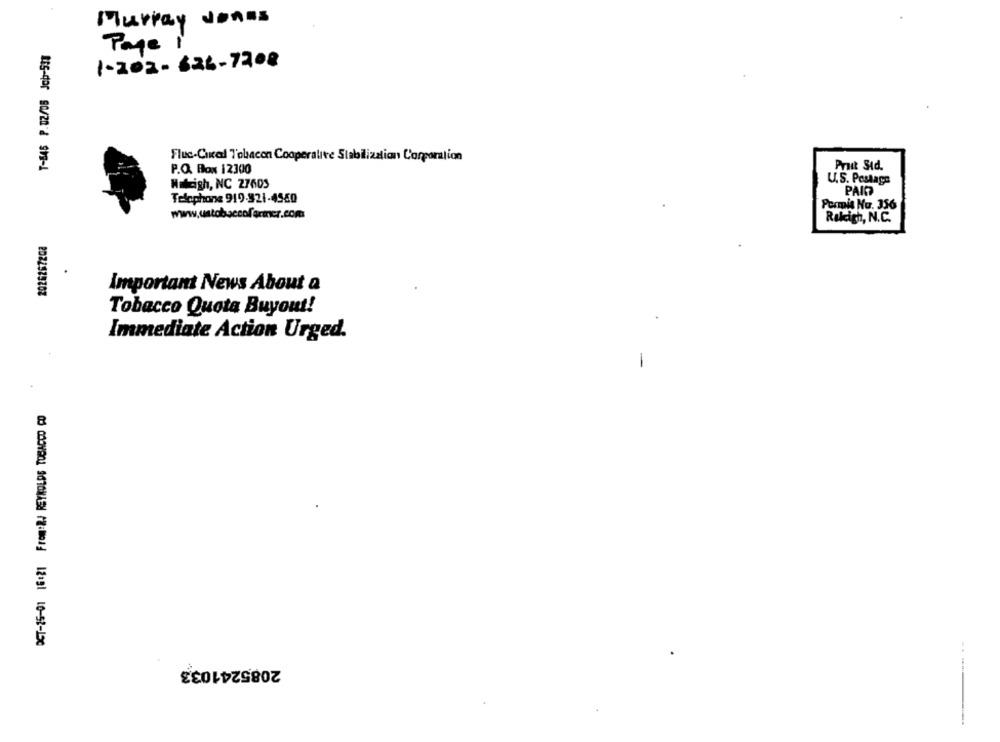
Murray Jonas
Page 1
1-202-626-7208
Fluc-Cured Tobacon Cooperative Stabilization Corporation
P.O. Box 12300
Prut Std.
Woleigh, NC 27603
U.S. Postage
PAINT
Telephone 919.921-4550
Pormis Nu. 356
www.ustobaccofarmer.com
Rakish, N.C.
2026267208
important News About a
Tobacco Quota Buyout!
Immediate Action Urged.
-
03 CODYDAL 10708/0 18:0012 12:31 10-52-120
2085241033